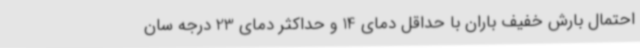
احتمال بارش خفیف باران با حداقل دمای 14 و حداکثر دمای 23 درجه سان